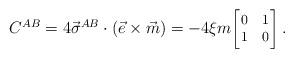
\begin{align*}C^{AB}=4\vec{\sigma}^{AB}\cdot(\vec{e}\times\vec{m})=-4 \xi m { {\footnotesize \left[\!\!\begin{array}{cc} 0 & 1 \\ 1 & 0 \end{array}\!\!\right]} }\, .\end{align*}